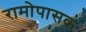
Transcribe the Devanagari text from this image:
रामोपासक